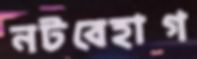
নটবেহাগ